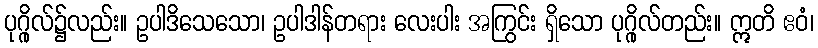
ပုဂ္ဂိုလ်၌လည်း။ ဥပါဒိသေသော၊ ဥပါဒါန်တရား လေးပါး အကြွင်း ရှိသော ပုဂ္ဂိုလ်တည်း။ ဣတိ ဧဝံ၊